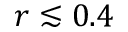
r \lesssim 0 . 4